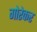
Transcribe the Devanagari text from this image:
गोरेकर